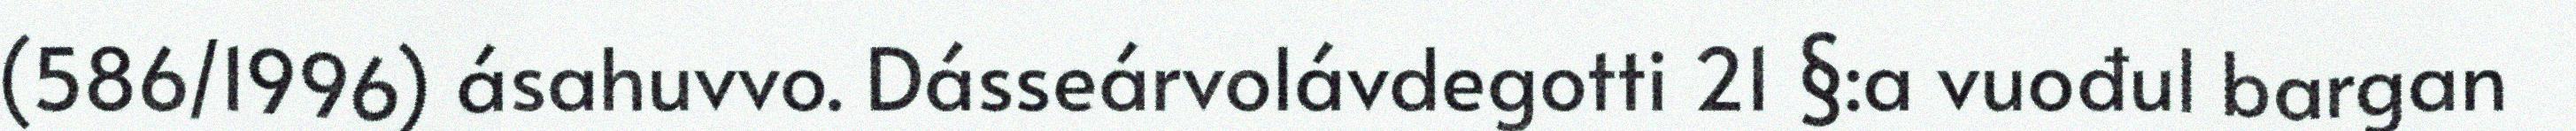
(586/1996) ásahuvvo. Dásseárvolávdegotti 21 §:a vuođul bargan